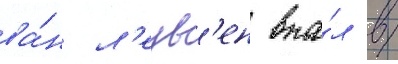
ва́н л'еув'ен впа́л в